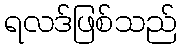
ရလဒ်ဖြစ်သည်